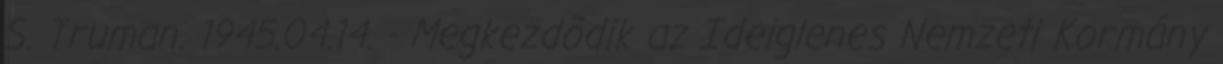
S. Truman. 1945.04.14. - Megkezdõdik az Ideiglenes Nemzeti Kormány